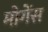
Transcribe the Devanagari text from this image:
मोगेंस